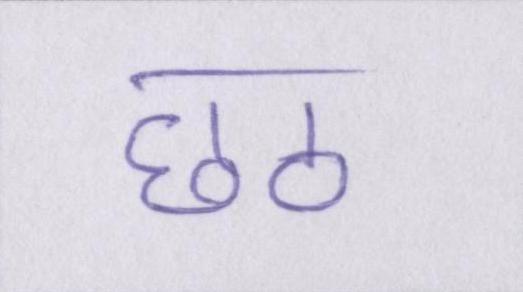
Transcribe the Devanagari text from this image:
छठ